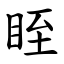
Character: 眰